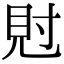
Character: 䙸